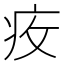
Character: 𱱌